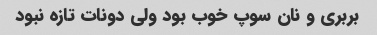
بربری و نان سوپ خوب بود ولی دونات تازه نبود